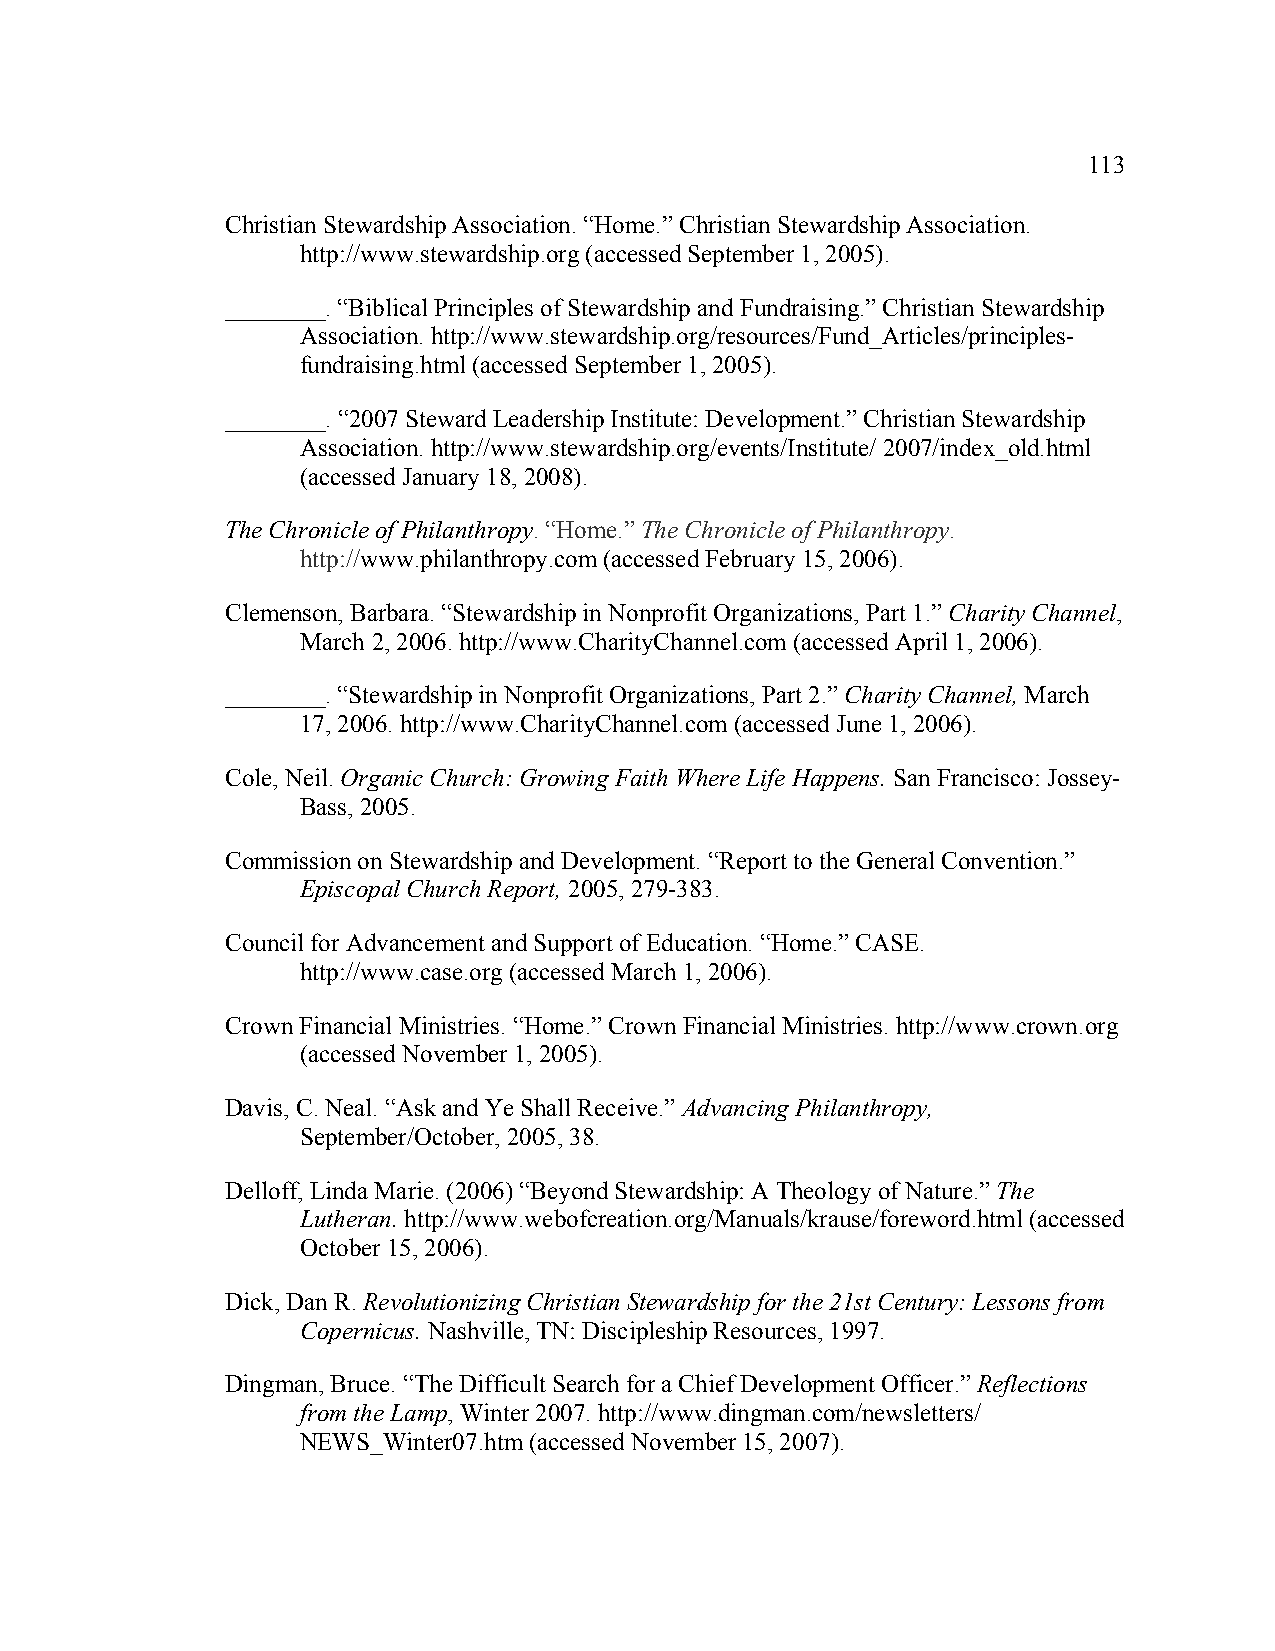
113
 Christian Stewardship Association. “Home.” Christian Stewardship Association.
 http://www.stewardship.org (accessed September 1, 2005).
 ________. “Biblical Principles of Stewardship and Fundraising.” Christian Stewardship
 Association. http://www.stewardship.org/resources/Fund_Articles/principles-
 fundraising.html (accessed September 1, 2005).
 ________. “2007 Steward Leadership Institute: Development.” Christian Stewardship
 Association. http://www.stewardship.org/events/Institute/ 2007/index_old.html
 (accessed January 18, 2008).
 The Chronicle of Philanthropy. “Home.” The Chronicle of Philanthropy.
 http://www.philanthropy.com (accessed February 15, 2006).
 Clemenson, Barbara. “Stewardship in Nonprofit Organizations, Part 1.” Charity Channel,
 March 2, 2006. http://www.CharityChannel.com (accessed April 1, 2006).
 ________. “Stewardship in Nonprofit Organizations, Part 2.” Charity Channel, March
 17, 2006. http://www.CharityChannel.com (accessed June 1, 2006).
 Cole, Neil. Organic Church: Growing Faith Where Life Happens. San Francisco: Jossey-
 Bass, 2005.
 Commission on Stewardship and Development. “Report to the General Convention.”
 Episcopal Church Report, 2005, 279-383.
 Council for Advancement and Support of Education. “Home.” CASE.
 http://www.case.org (accessed March 1, 2006).
 Crown Financial Ministries. “Home.” Crown Financial Ministries. http://www.crown.org
 (accessed November 1, 2005).
 Davis, C. Neal. “Ask and Ye Shall Receive.” Advancing Philanthropy,
 September/October, 2005, 38.
 Delloff, Linda Marie. (2006) “Beyond Stewardship: A Theology of Nature.” The
 Lutheran. http://www.webofcreation.org/Manuals/krause/foreword.html (accessed
 October 15, 2006).
 Dick, Dan R. Revolutionizing Christian Stewardship for the 21st Century: Lessons from
 Copernicus. Nashville, TN: Discipleship Resources, 1997.
 Dingman, Bruce. “The Difficult Search for a Chief Development Officer.” Reflections
 from the Lamp, Winter 2007. http://www.dingman.com/newsletters/
 NEWS_Winter07.htm (accessed November 15, 2007).